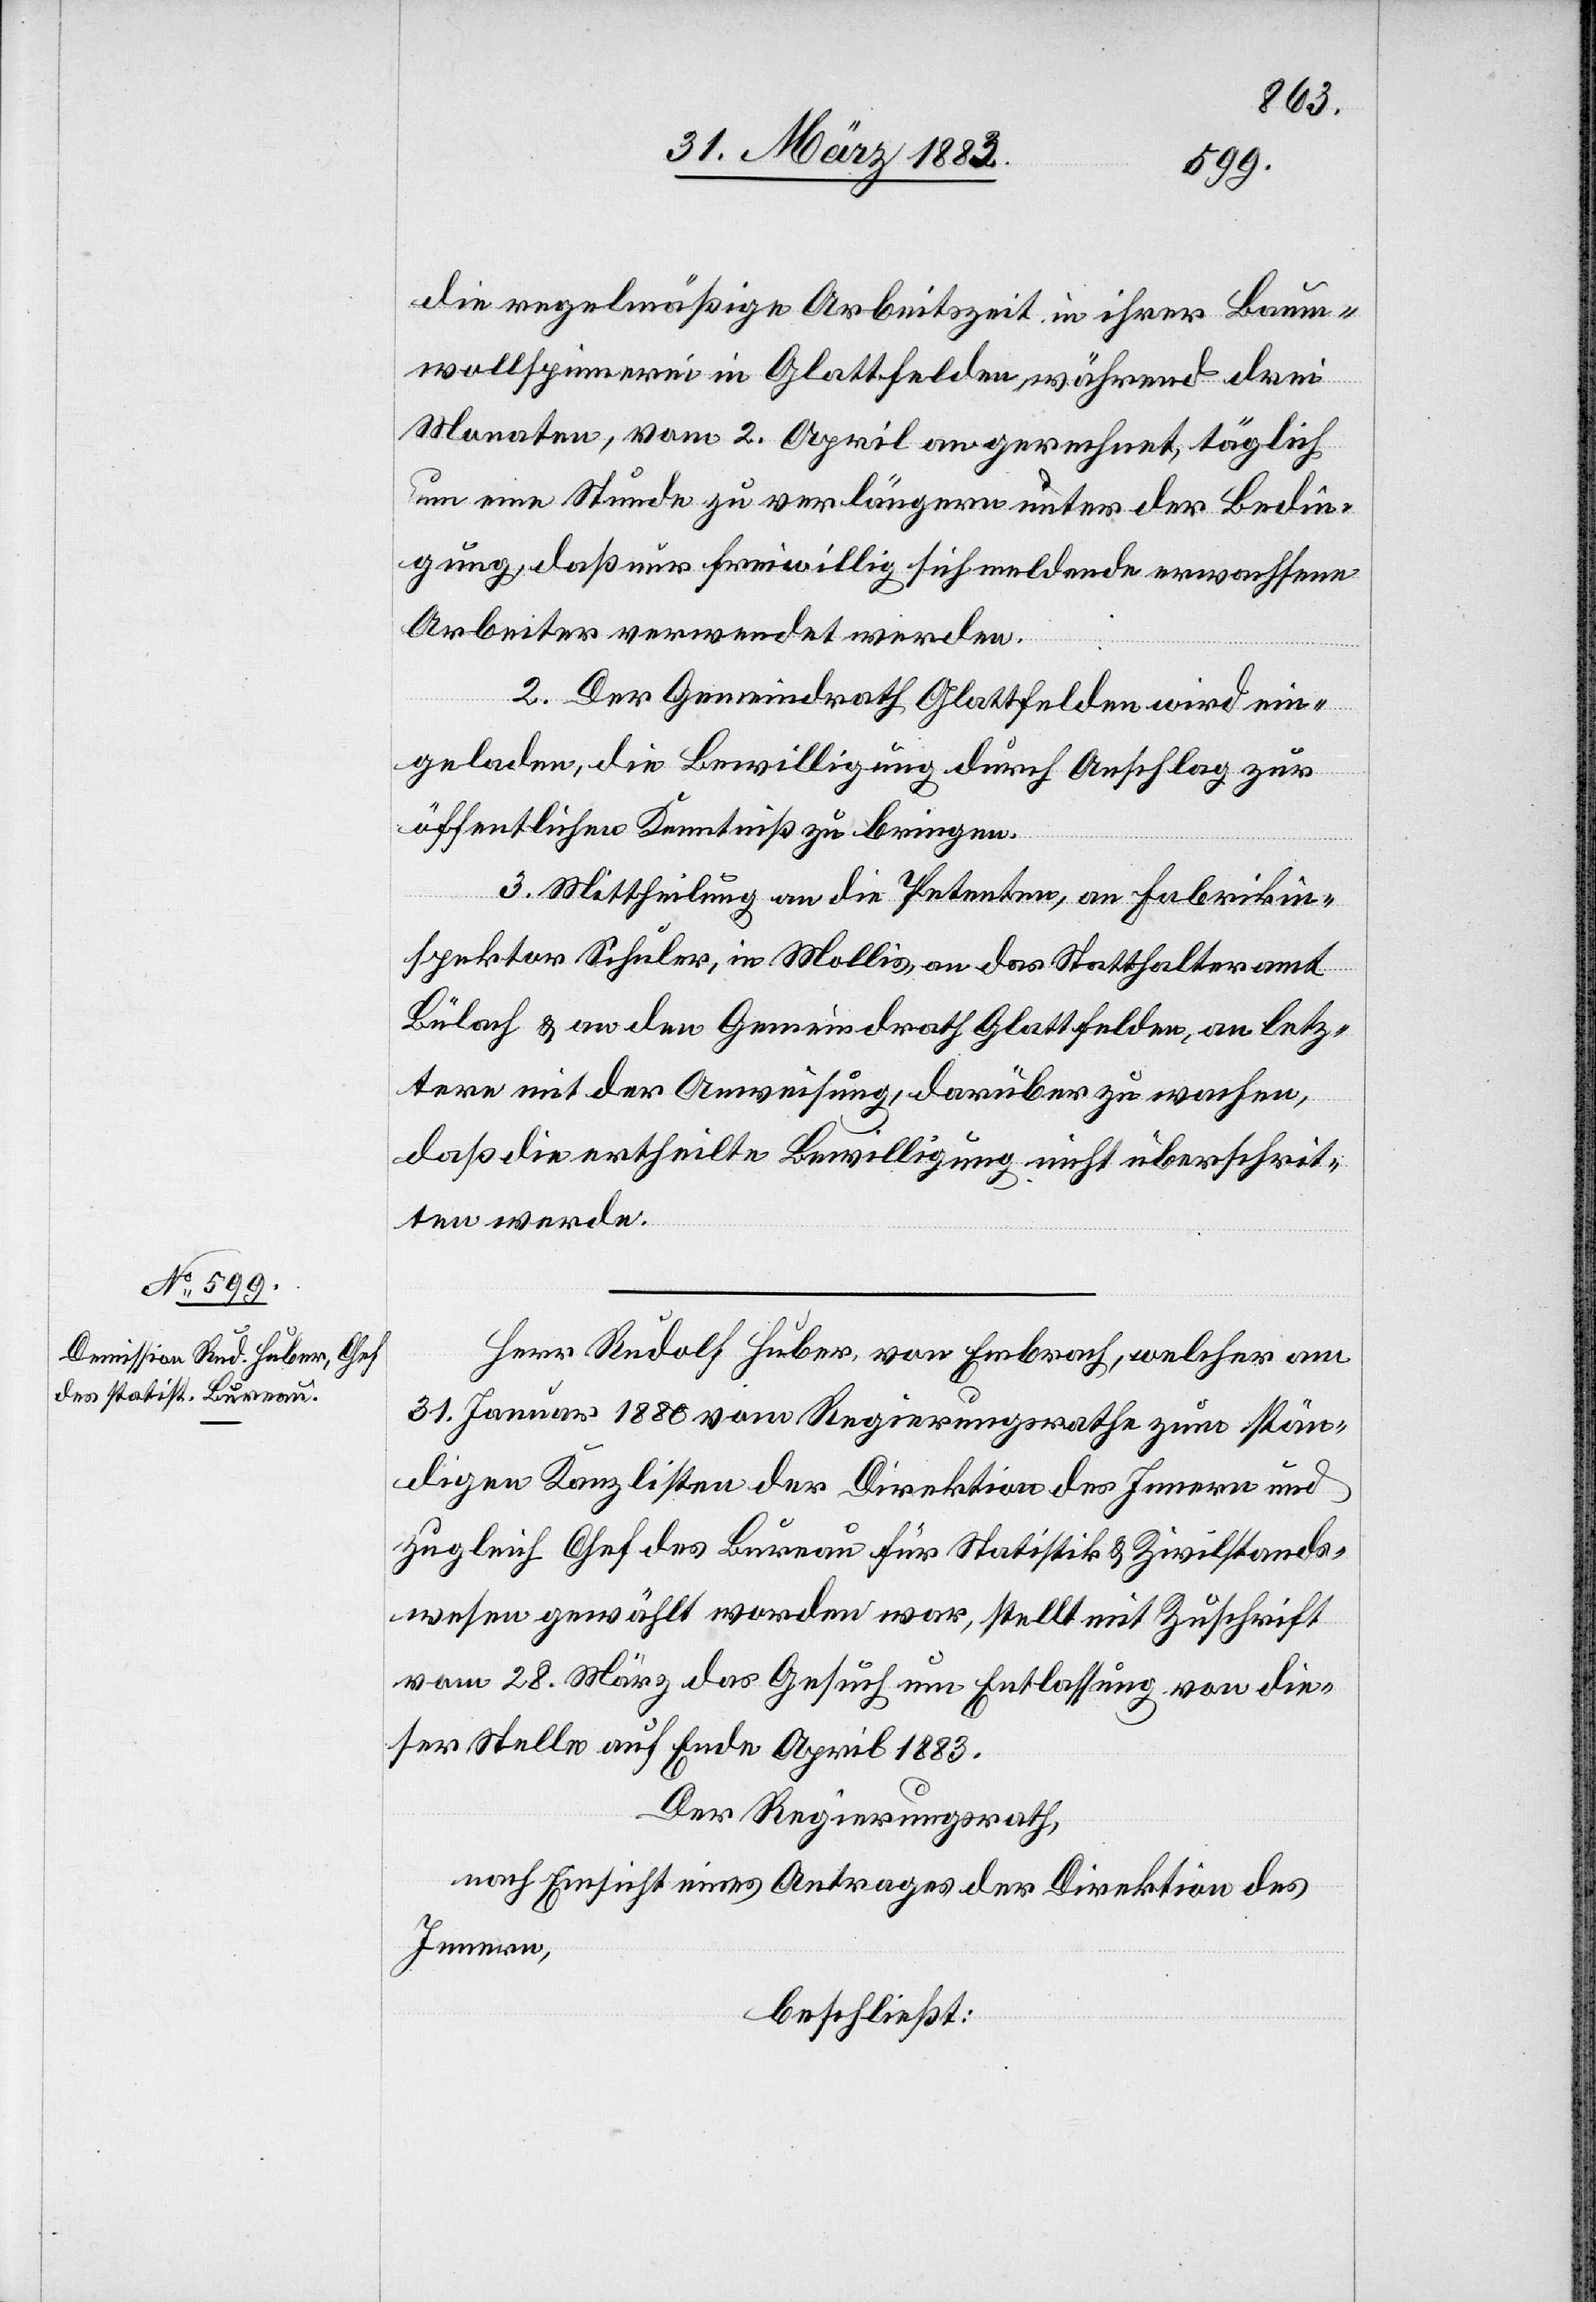
die regelmäßige Arbeitszeit in ihrer Baum¬
wollspinnerei in Glattfelden, während drei
Monaten, vom 2. April an gerechnet, täglich
um eine Stunde zu verlängern unter der Bedin¬
gung, daß nur freiwillig sich meldende erwachsene
Arbeiter verwendet werden.
2. Der Gemeindrath Glattfelden wird ein¬
geladen, die Bewilligung durch Anschlag zur
öffentlichen Kenntniß zu bringen.
3. Mittheilung an die Petenten, an Fabrikin¬
spektor Schuler in Mollis, an das Statthalteramt
Bülach & an den Gemeindrath Glattfelden, an letz¬
tere mit der Anweisung, darüber zu wachen,
daß die ertheilte Bewilligung nicht überschrit¬
ten werde.
Herr Rudolf Huber, von Embrach, welcher am
31. Januar 1880 vom Regierungsrathe zum stän¬
digen Kanzlisten der Direktion des Innern und
zugleich Chef des Bureau für Statistik & Zivilstands¬
wesen gewählt worden war, stellt mit Zuschrift
vom 28. März das Gesuch um Entlassung von die¬
ser Stelle auf Ende April 1883.
Der Regierungsrath,
nach Einsicht eines Antrages der Direktion des
Innern,
beschließt: